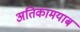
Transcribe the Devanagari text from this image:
अतिकामयाब